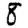
Digit: 8